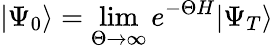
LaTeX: \vert\Psi_{0}\rangle=\operatorname*{lim}_{\Theta\to\infty}e^{-\Theta H}\vert\Psi_{T}\rangle